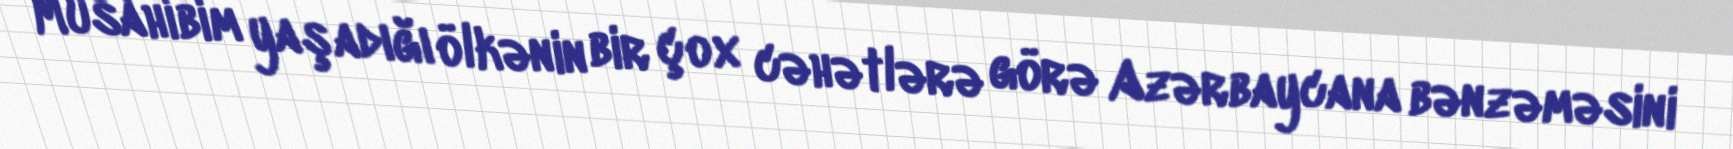
Müsahibim yaşadığı ölkənin bir çox cəhətlərə görə Azərbaycana bənzəməsini